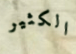
الكثير